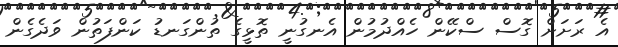
އެ ރަށަށް ގޮސް ސްކޭން ހެއްދުމުން އެނގުނީ ތޮޅީގެ ތުންގަނޑު ކަންފަތުން ވަދެގެން